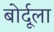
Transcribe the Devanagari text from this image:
बोर्दूला